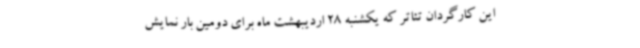
این کارگردان تئاتر که یکشنبه 28 اردیبهشت ماه برای دومین بار نمایش